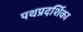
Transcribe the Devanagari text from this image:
पथप्रदर्शिका